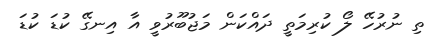
ތި ނުރުހޭ ލޯ ކުރިމަތީ ދައްކަން މަޖުބޫރުވީ އާ އިނގޭ ކުޑަ ކުޑަ